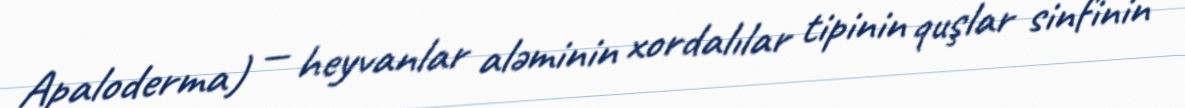
Apaloderma) — heyvanlar aləminin xordalılar tipinin quşlar sinfinin